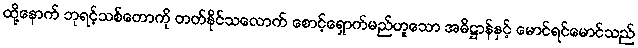
ထို့နောက် ဘုရင့်သစ်တောကို တတ်နိုင်သလောက် စောင့်ရှောက်မည်ဟူသော အဓိဋ္ဌာန်နှင့် မောင်ရင်မောင်သည်